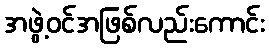
အဖွဲ့ဝင်အဖြစ်လည်းကောင်း